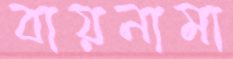
বায়নামা